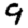
Digit: 9